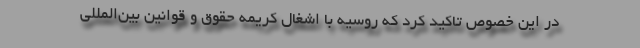
در این خصوص تاکید کرد که روسیه با اشغال کریمه حقوق و قوانین بین‌المللی